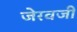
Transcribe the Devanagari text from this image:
जेरवजी